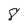
Character: 8